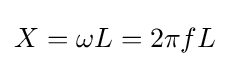
X=\omega L=2\pi fL